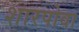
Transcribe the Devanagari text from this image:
शारपोवा